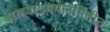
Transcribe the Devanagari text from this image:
बालवाङ्मयनिर्मितीत